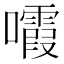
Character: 𡄟